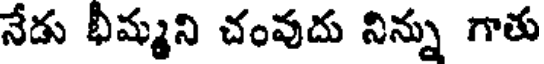
నేడు భీమ్మని చంవుదు నిన్ను గాతు